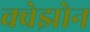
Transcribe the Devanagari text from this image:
क्वेझोन